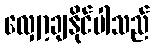
လျှော့ချနိုင်ပါသည်